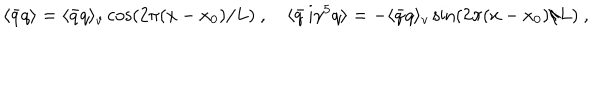
LaTeX: \langle \bar { q } q \rangle = \langle \bar { q } q \rangle _ { v } \cos ( 2 \pi ( x - x _ { 0 } ) / L ) \ , \quad \langle \bar { q } \, \mathrm { i } \gamma ^ { 5 } q \rangle = - \langle \bar { q } q \rangle _ { v } \sin ( 2 \pi ( x - x _ { 0 } ) / L ) \ ,